Civil Veterinary Dept. Assam report 1927-50 - 1927-1950
Year: 1927
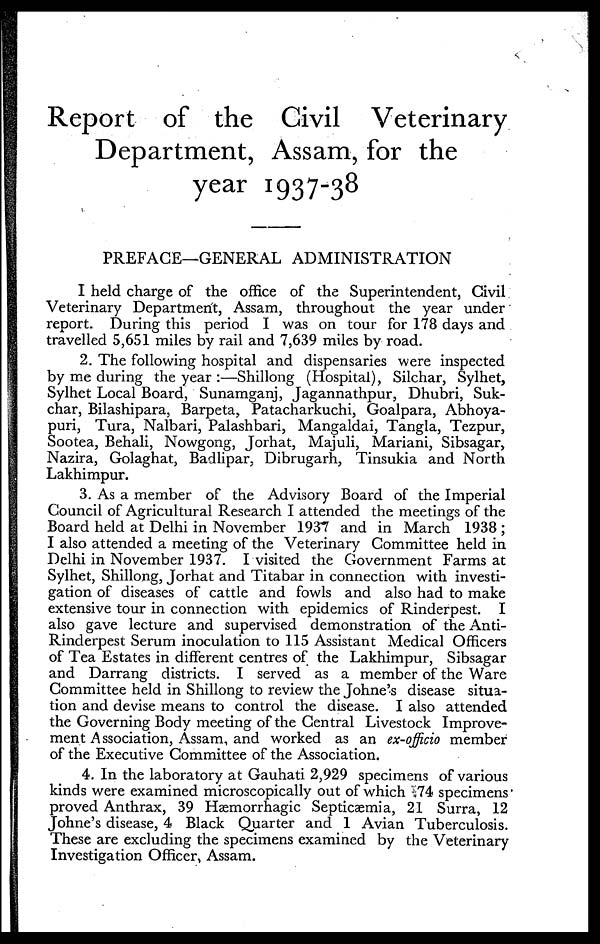
Report of the Civil Veterinary
Department, Assam, for the
year 1937-38
PREFACE—GENERAL ADMINISTRATION
I held charge of the office of the Superintendent, Civil
Veterinary Department, Assam, throughout the year under
report. During this period I was on tour for 178 days and
travelled 5,651 miles by rail and 7,639 miles by road.
2. The following hospital and dispensaries were inspected
by me during the year :—Shillong (Hospital), Silchar, Sylhet,
Sylhet Local Board, Sunamganj, Jagannathpur, Dhubri, Suk-
char, Bilashipara, Barpeta, Patacharkuchi, Goalpara, Abhoya-
puri, Tura, Nalbari, Palashbari, Mangaldai, Tangla, Tezpur,
Sootea, Behali, Nowgong, Jorhat, Majuli, Mariani, Sibsagar,
Nazira, Golaghat, Badlipar, Dibrugarh, Tinsukia and North
Lakhimpur.
3. As a member of the Advisory Board of the Imperial
Council of Agricultural Research I attended the meetings of the
Board held at Delhi in November 1937 and in March 1938;
I also attended a meeting of the Veterinary Committee held in
Delhi in November 1937. I visited the Government Farms at
Sylhet, Shillong, Jorhat and Titabar in connection with investi-
gation of diseases of cattle and fowls and also had to make
extensive tour in connection with epidemics of Rinderpest. I
also gave lecture and supervised demonstration of the Anti-
Rinderpest Serum inoculation to 115 Assistant Medical Officers
of Tea Estates in different centres of the Lakhimpur, Sibsagar
and Darrang districts. I served as a member of the Ware
Committee held in Shillong to review the Johne's disease situa-
tion and devise means to control the disease. I also attended
the Governing Body meeting of the Central Livestock Improve-
ment Association, Assam, and worked as an ex-officio member
of the Executive Committee of the Association.
4. In the laboratory at Gauhati 2,929 specimens of various
kinds were examined microscopically out of which 74 specimens
proved Anthrax, 39 Hæmorrhagic Septicæmia, 21 Surra, 12
Johne's disease, 4 Black Quarter and 1 Avian Tuberculosis.
These are excluding the specimens examined by the Veterinary
Investigation Officer, Assam.